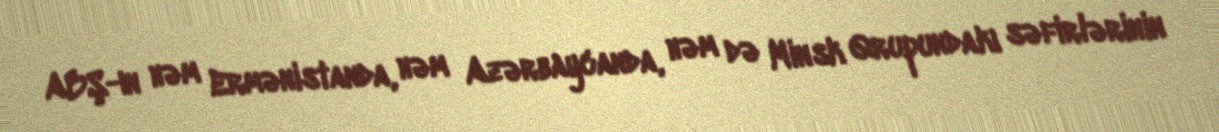
ABŞ-ın həm Ermənistanda, həm Azərbaycanda, həm də Minsk Qrupundakı səfirlərinin